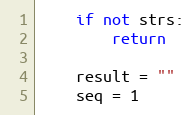
Language: Python
    if not strs:
        return

    result = ""
    seq = 1